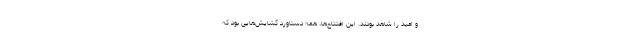
و امید را شاهد بودند. این افتتاح‌ها، همه دستاورد گشایش‌هایی بود که